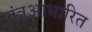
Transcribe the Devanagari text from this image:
तंत्रआधारित